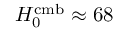
H _ { 0 } ^ { \mathrm { c m b } } \approx 6 8